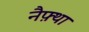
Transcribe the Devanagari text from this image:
नैफ़्था